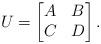
LaTeX: \begin{align*}U = \begin{bmatrix} A & B \\ C & D \end{bmatrix}. \end{align*}